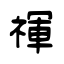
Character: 禈